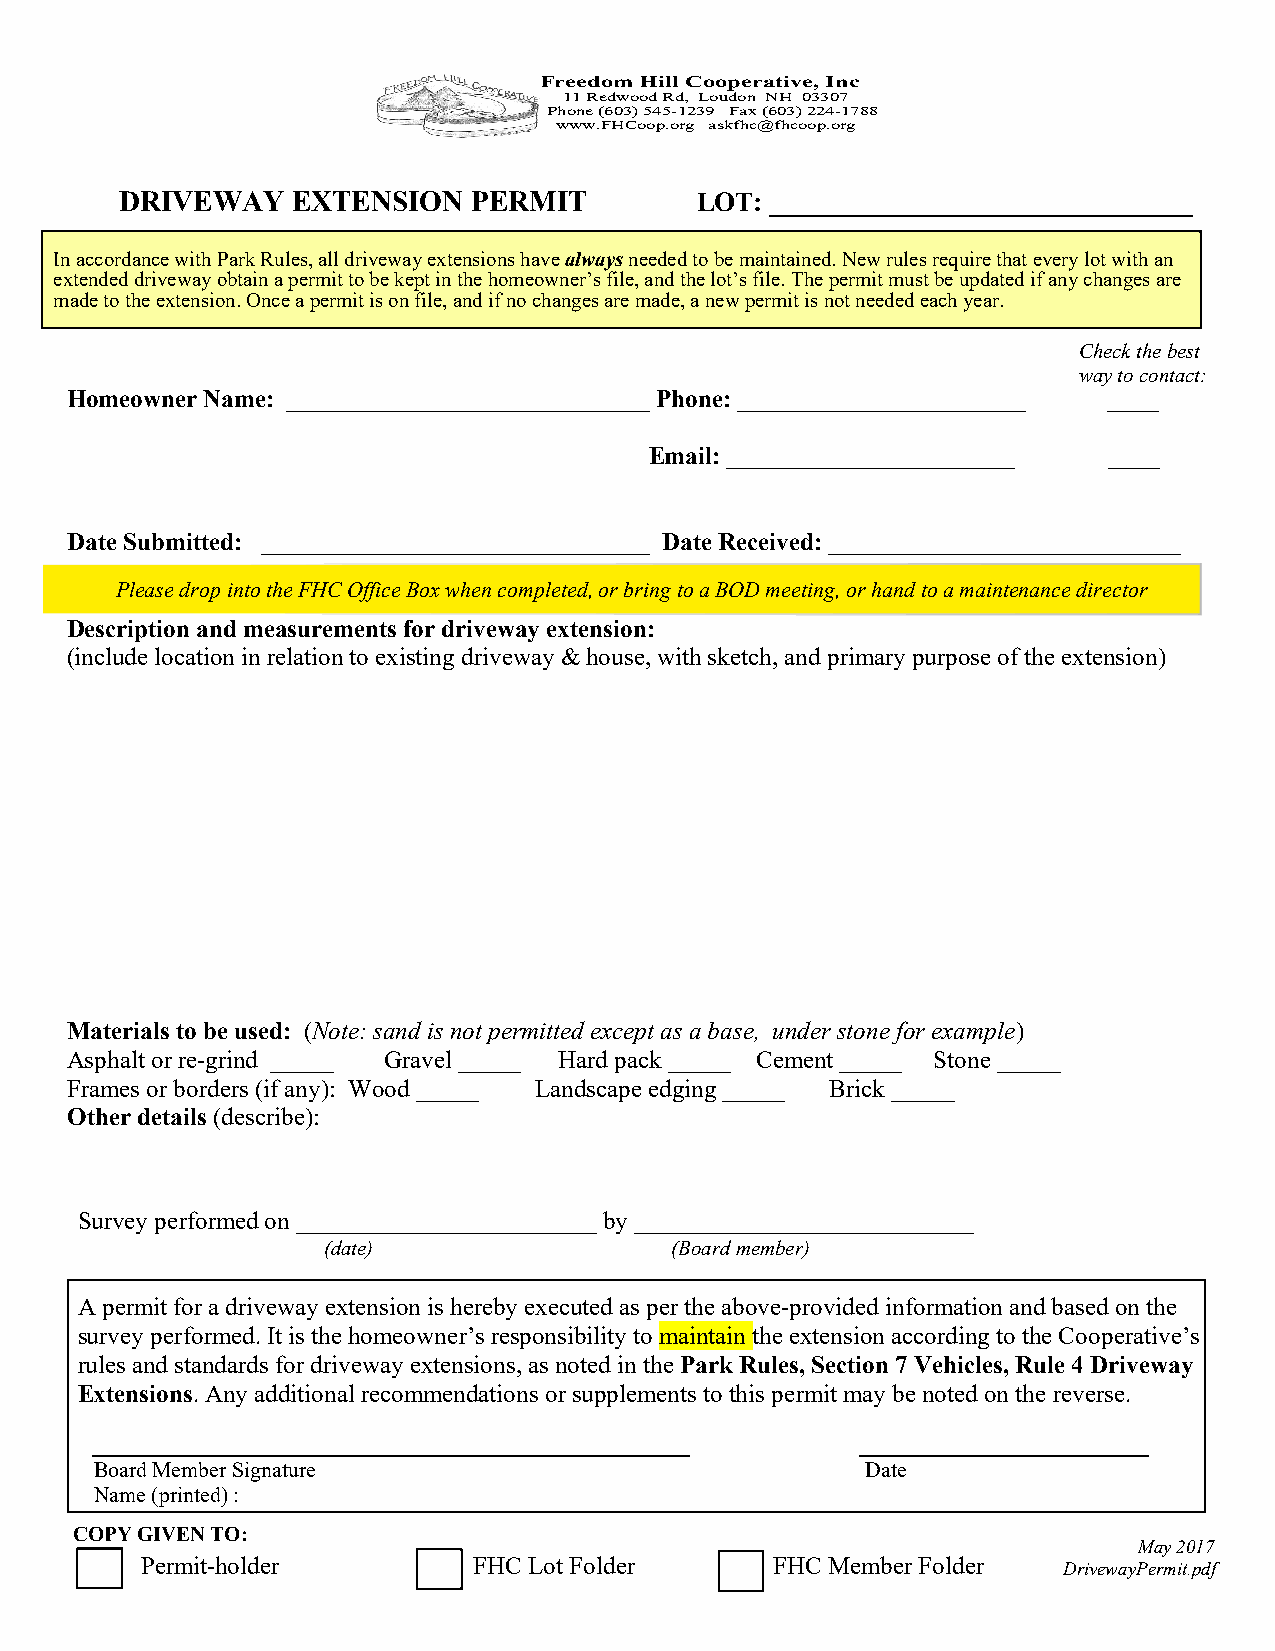
Freedom Hill Cooperative, Inc
 11 Redwood Rd, Loudon NH 03307
 Phone (603) 545-1239 Fax (603) 224-1788
 www.FHCoop.org askfhc@fhcoop.org
 DRIVEWAY   EXTENSION   PERMIT         LOT: _______________________________
 In accordance with Park Rules, all driveway extensions have always needed to be maintained. New rules require that every lot with an
 extended driveway obtain a permit to be kept in the homeowner’s file, and the lot’s file. The permit must be updated if any changes are
 made to the extension. Once a permit is on file, and if no changes are made, a new permit is not needed each year.
 Check the best
 way to contact:
 Homeowner Name: _____________________________ Phone: _______________________ ____
 Email: _______________________ ____
 Date Submitted: _______________________________ Date Received: ____________________________
 Please drop into the FHC Office Box when completed, or bring to a BOD meeting, or hand to a maintenance director
 Description and measurements for driveway extension:
 (include location in relation to existing driveway & house, with sketch, and primary purpose of the extension)
 Materials to be used: (Note: sand is not permitted except as a base, under stone for example)
 Asphalt or re-grind _____ Gravel _____ Hard pack _____ Cement _____ Stone _____
 Frames or borders (if any): Wood _____ Landscape edging _____ Brick _____
 Other details (describe):
 Survey performed on ________________________ by ___________________________
 (date)                 (Board member)
 A permit for a driveway extension is hereby executed as per the above-provided information and based on the
 survey performed. It is the homeowner’s responsibility to maintain the extension according to the Cooperative’s
 rules and standards for driveway extensions, as noted in the Park Rules, Section 7 Vehicles, Rule 4 Driveway
 Extensions. Any additional recommendations or supplements to this permit may be noted on the reverse.
 Board Member Signature                             Date
 Name (printed) :
 COPY GIVEN TO:
 May 2017
 Permit-holder         FHC Lot Folder      FHC Member Folder  DrivewayPermit.pdf